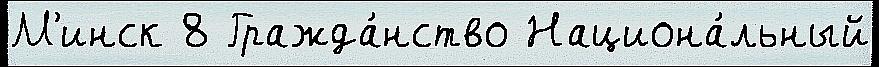
М'инск 8 Гражда́нство Национа́льный